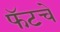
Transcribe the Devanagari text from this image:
फॅटचे